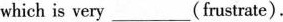
which is very ___ (frustrate).